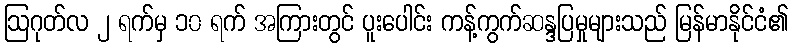
ဩဂုတ်လ ၂ ရက်မှ ၁၀ ရက် အကြားတွင် ပူးပေါင်း ကန့်ကွက်ဆန္ဒပြမှုများသည် မြန်မာနိုင်ငံ၏